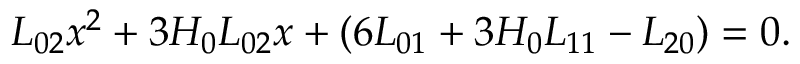
L _ { 0 2 } x ^ { 2 } + 3 H _ { 0 } L _ { 0 2 } x + ( 6 L _ { 0 1 } + 3 H _ { 0 } L _ { 1 1 } - L _ { 2 0 } ) = 0 .